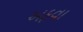
અફવા